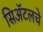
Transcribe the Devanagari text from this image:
सिॲटलचे